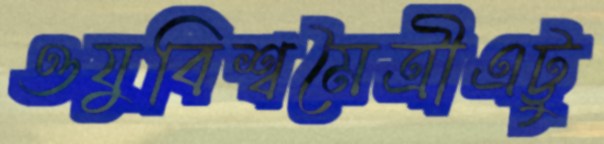
ওযুবিশ্বমৈত্রীএট্টু